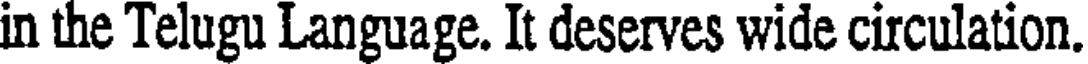
in the Telugu Language. It deserves wide circulation.